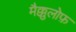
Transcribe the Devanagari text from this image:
मैक्कुलोफ़